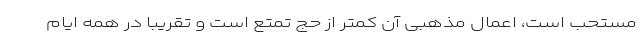
مستحب است، اعمال مذهبی آن کمتر از حج تمتع است و تقریبا در همه ایام